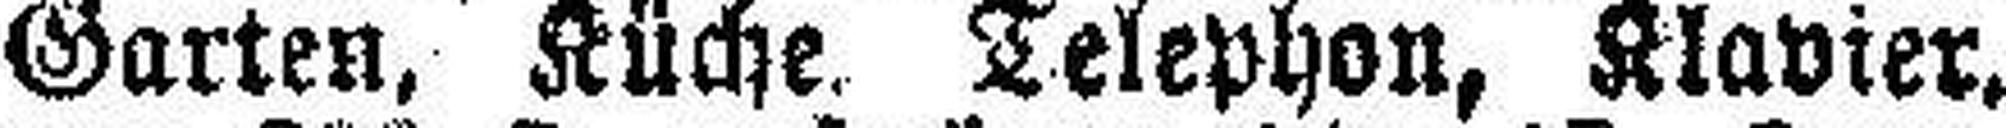
Garten, Küche. Telephon, Klavier,